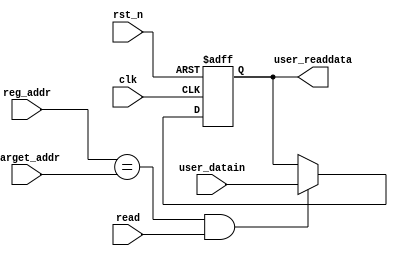
// This program was cloned from: https://github.com/intel/aib-phy-hardware
// License: Apache License 2.0

// SPDX-License-Identifier: Apache-2.0
// Copyright (C) 2019 Intel Corporation. All rights reserved
//****************************************************************************************
// (C) 2012 Altera Corporation. All rights reserved.
//
//****************************************************************************************

//*****************************************************************
// Description:
//
//*****************************************************************
module cfg_dprio_status_reg_nbits 
#(
   parameter DATA_WIDTH      = 16,  // Data width
   parameter ADDR_WIDTH      = 16   // Address width
 )
( 
input  wire                  rst_n,        // reset
input  wire                  clk,          // clock
input  wire                  read,         // read enable input
input  wire [ADDR_WIDTH-1:0] reg_addr,     // address input
input  wire [ADDR_WIDTH-1:0] target_addr,  // hardwired address value
input  wire [DATA_WIDTH-1:0] user_datain,  // status from custom logic

output reg  [DATA_WIDTH-1:0] user_readdata // status register outputs
);

// Registering the status input when reading
always @(negedge rst_n or posedge clk)
  begin
    if(~rst_n)
      begin
        user_readdata <= {DATA_WIDTH{1'b0}};
      end
    else
      begin
	if((reg_addr == target_addr) && (read == 1'b1))
	begin
	  user_readdata <= user_datain;
	end
      end
  end

endmodule